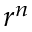
r ^ { n }